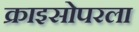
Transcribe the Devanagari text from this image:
क्राइसोपरला